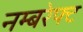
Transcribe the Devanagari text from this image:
नम्बरेफ्ट